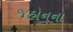
જહોનના